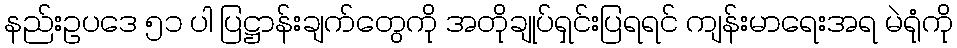
နည်းဥပဒေ ၅၁ ပါ ပြဋ္ဌာန်းချက်တွေကို အတိုချုပ်ရှင်းပြရရင် ကျန်းမာရေးအရ မဲရုံကို